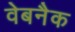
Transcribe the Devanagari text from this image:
वेबनैक